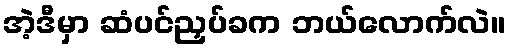
အဲ့ဒီမှာ ဆံပင်ညှပ်ခက ဘယ်လောက်လဲ။